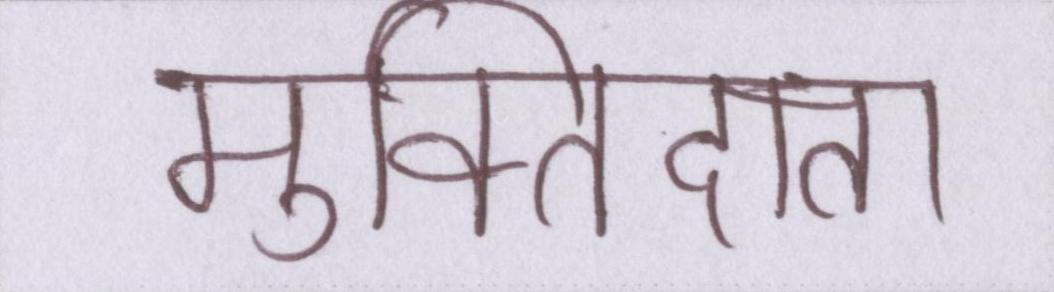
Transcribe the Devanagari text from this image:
मुक्तिदाता